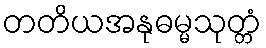
တတိယအနုဓမ္မသုတ္တံ